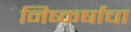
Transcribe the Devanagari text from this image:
निष्कर्षाचा